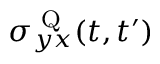
\sigma _ { y x } ^ { \textrm { Q } } ( t , t ^ { \prime } )